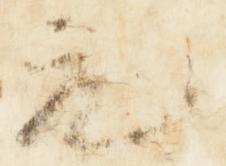
元